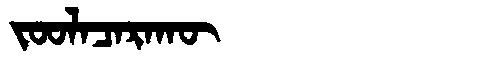
Manchu: ᠵᠣᠣᠯᠠᠴᠠᡵᠠᡴᡡ
Romanization: JOOLACARAKŪ